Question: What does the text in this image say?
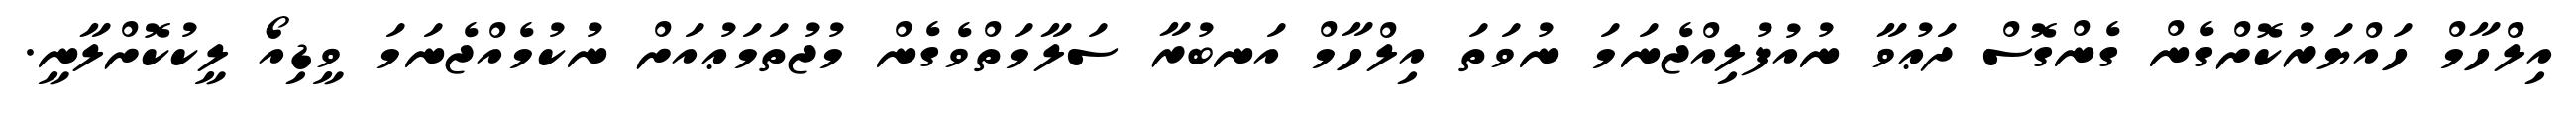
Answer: އިލްހާމް ހައްޔަރުކޮށްގެން ގެންގޮސް ދަޢުވާ ނުއުފުލިއްޖެނަމަ ނުވަތަ އިލްހާމް އަނބުރާ ސަލާމަތްވެގެން މުޖުތަމަޢުއަށް ނުކުމެއްޖެނަމަ ވީޑިއޯ ލީކުކޮށްލާނީ.